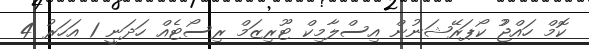
ކޮމް ހައްޖުު ކޯޕަރޭޝަނުން އިސްލާމިކް ޓޫރިޒަމް ރިސޯޓެއް ހަދަނީ 1 އަހަރު 4